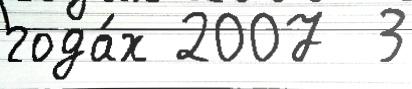
года́х 2007  3